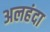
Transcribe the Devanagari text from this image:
अलहंदा